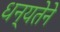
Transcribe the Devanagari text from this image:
धन्यतेने